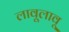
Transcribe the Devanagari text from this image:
लावूलावू